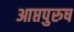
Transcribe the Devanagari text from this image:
आप्तपुरुष